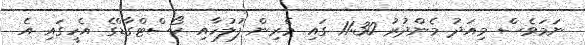
ނަމަވެސް މިއަދު މެންދުރު 11:30 ގައި މެރިން ފުލުހާއި ކޯސްޓްގާޑްގެ އެހީގައި އެ